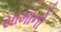
સામાનો